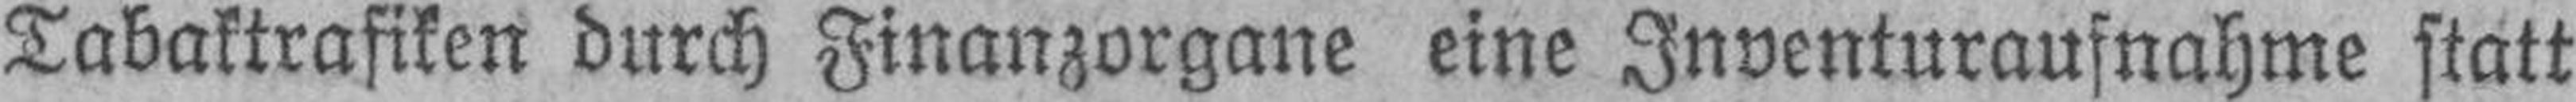
Tabaktrafiken durch Finanzorgane eine Inventuraufnahme statt